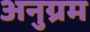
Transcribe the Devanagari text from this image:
अनुग्रम